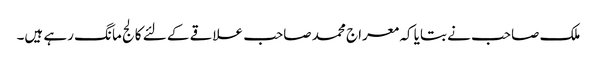
ملک صاحب نے بتایا کہ معراج محمد صاحب علاقے کے لئے کالج مانگ رہے ہیں۔